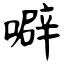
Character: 噼